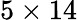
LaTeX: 5\times 14